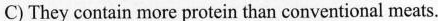
C)They contain more protein than conventional meats.